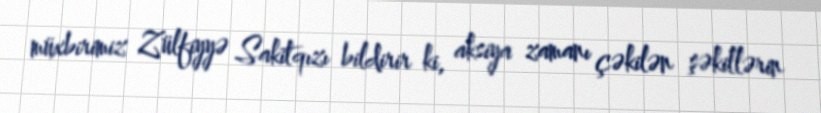
müxbirimiz Zülfiyyə Sakitqızı bildirir ki, aksiya zamanı çəkilən şəkillərin